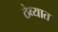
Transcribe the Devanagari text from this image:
ठेव्यात